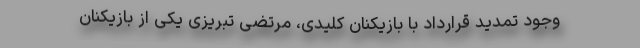
وجود تمدید قرارداد با بازیکنان کلیدی، مرتضی تبریزی یکی از بازیکنان